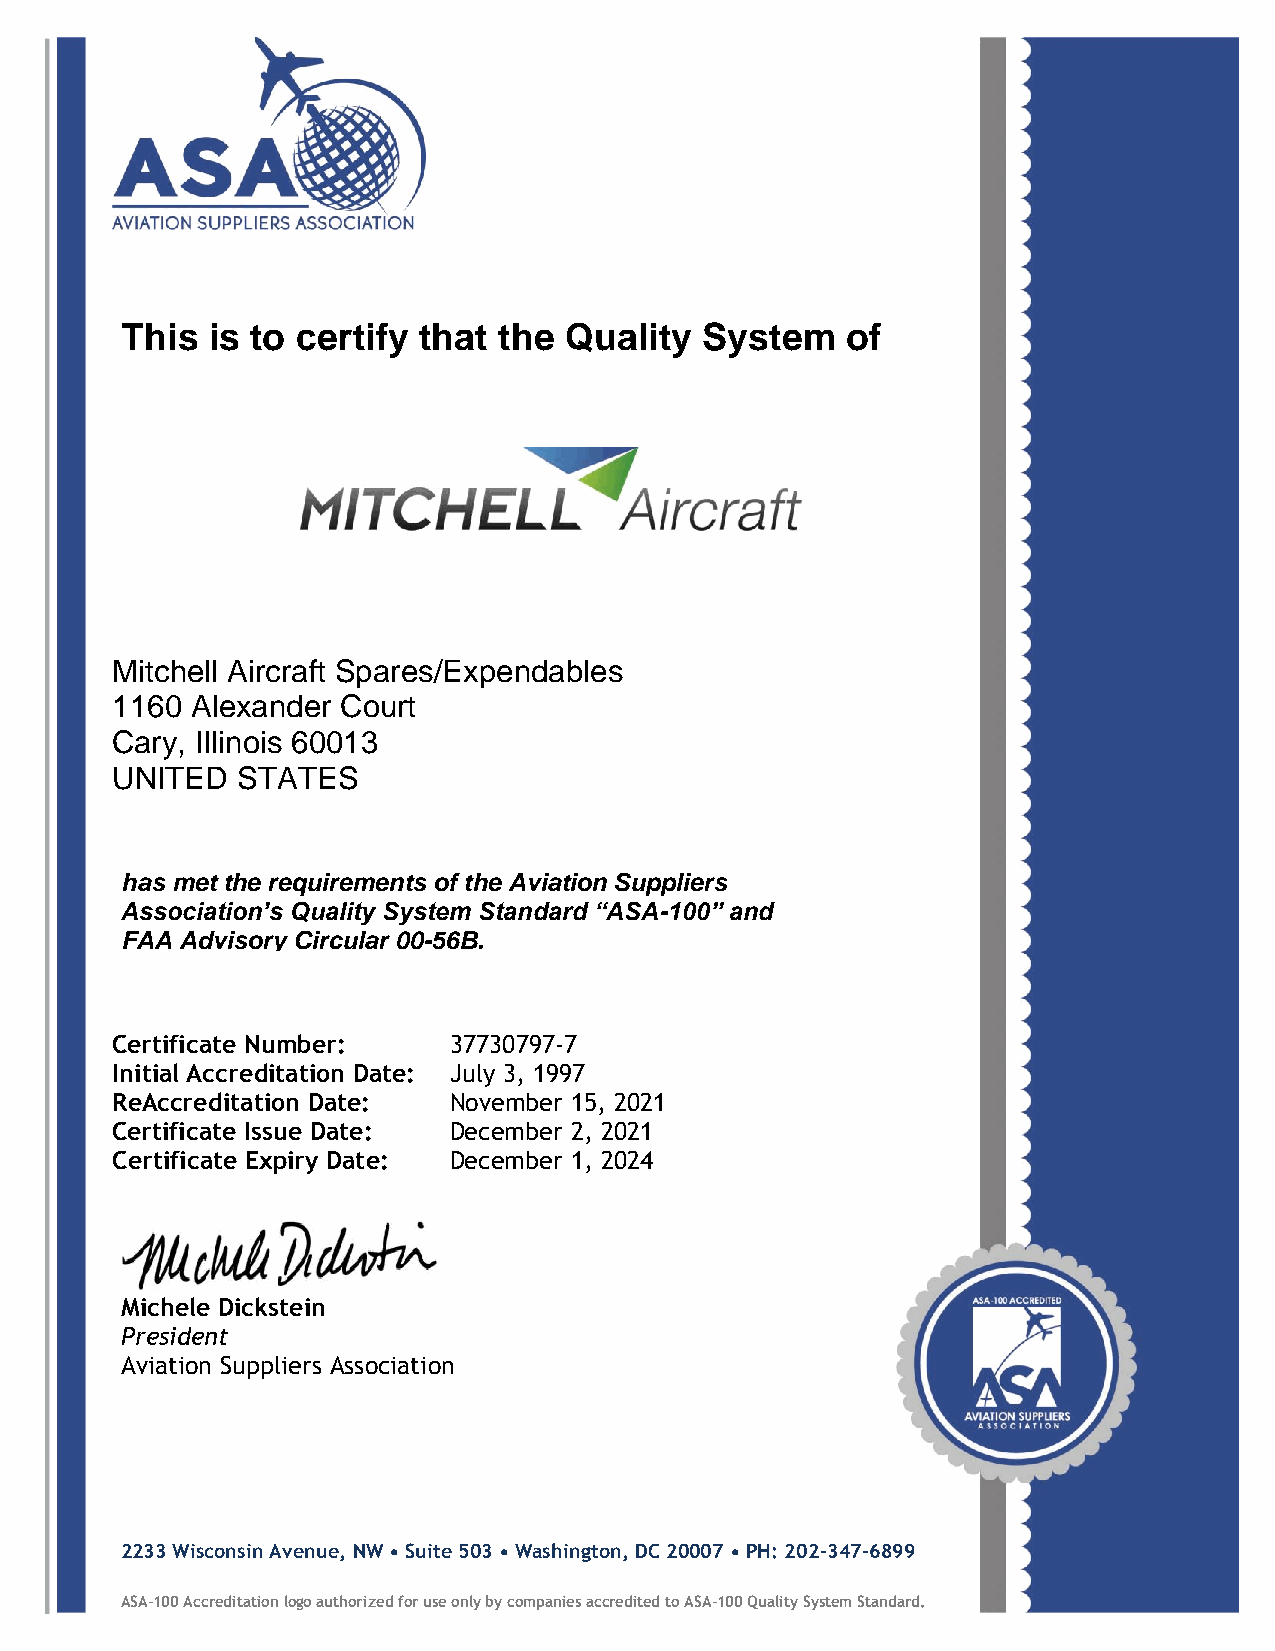
This  is to certify that the Quality   System   of
 Mitchell Aircraft Spares/Expendables
 1160  Alexander Court
 Cary, Illinois 60013
 UNITED   STATES
 has met the requirements of the Aviation Suppliers
 Association’s Quality System Standard “ASA-100” and
 FAA Advisory Circular 00-56B.
 Certificate Number:    37730797-7
 Initial Accreditation Date: July 3, 1997
 ReAccreditation Date:  November 15, 2021
 Certificate Issue Date: December 2, 2021
 Certificate Expiry Date: December 1, 2024
 Michele Dickstein
 President
 Aviation Suppliers Association
 2233 Wisconsin Avenue, NW • Suite 503 • Washington, DC 20007 • PH: 202-347-6899
 ASA-100 Accreditation logo authorized for use only by companies accredited to ASA-100 Quality System Standard.